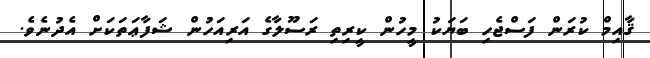
ޤާއިމް ކުރަން ފަސްޖެހި ބަޔަކު މީހުން ކީރިތި ރަސޫލާގެ އަރިއަހުން ޝަފާޢަތަކަށް އެދުނެވެ.